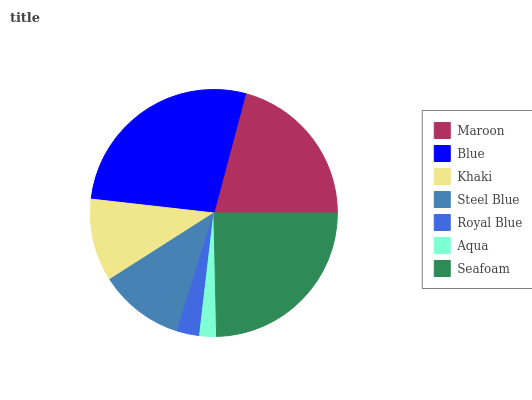
| Maroon | Blue | Khaki | Steel Blue | Royal Blue | Aqua | Seafoam |
 | --- | --- | --- | --- | --- | --- | --- |
 | 20.8% | 27.4% | 10.8% | 11.2% | 2.96% | 2.2% | 24.7% |